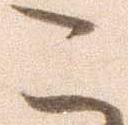
こ